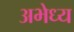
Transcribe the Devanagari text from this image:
अभेध्य